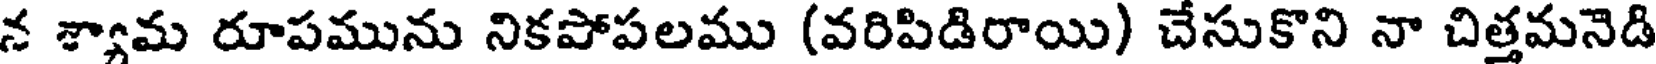
న శ్యామ రూపమును నికపోపలము (వరిపిడిరాయి) చేసుకొని నా చిత్తమనెడి